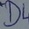
Text: D4